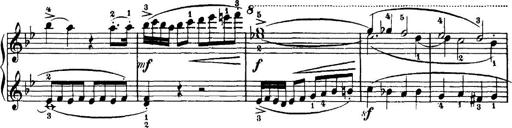
Title: 7 Sonatinas
Composer: Anton Diabelli